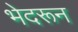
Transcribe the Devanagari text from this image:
भेदरून